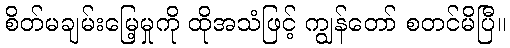
စိတ်မချမ်းမြေ့မှုကို ထိုအသံဖြင့် ကျွန်တော် စတင်မိပြီ။